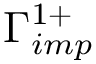
\Gamma _ { i m p } ^ { 1 + }